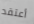
أعتقد